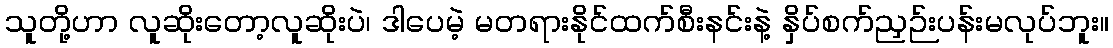
သူတို့ဟာ လူဆိုးတော့လူဆိုးပဲ၊ ဒါပေမဲ့ မတရားနိုင်ထက်စီးနင်းနဲ့ နှိပ်စက်ညှဉ်းပန်းမလုပ်ဘူး။